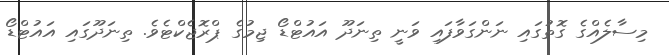
މިސާލެއްގެ ގޮތުގައި ނަންގަވާފައި ވަނީ ތިނަދޫ އައުޓްޑޯ ޖިމުގެ ޕްރޮޖެކްޓެވެ. ތިނަދޫގައި އައުޓްޑޯ